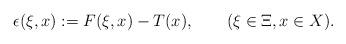
LaTeX: \begin{align*}\epsilon(\xi,x):=F(\xi,x)-T(x),\quad\quad(\xi\in\Xi,x\in X).\end{align*}